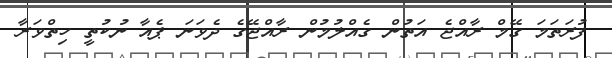
ފުރަތަމަ ގޭމް ރާއްޖެ އަތުން ގެއްލުމުން ރާއްޖޭގެ ދެވަނަ ޕެއާ ނުކުތީ ހިތްވަރާ